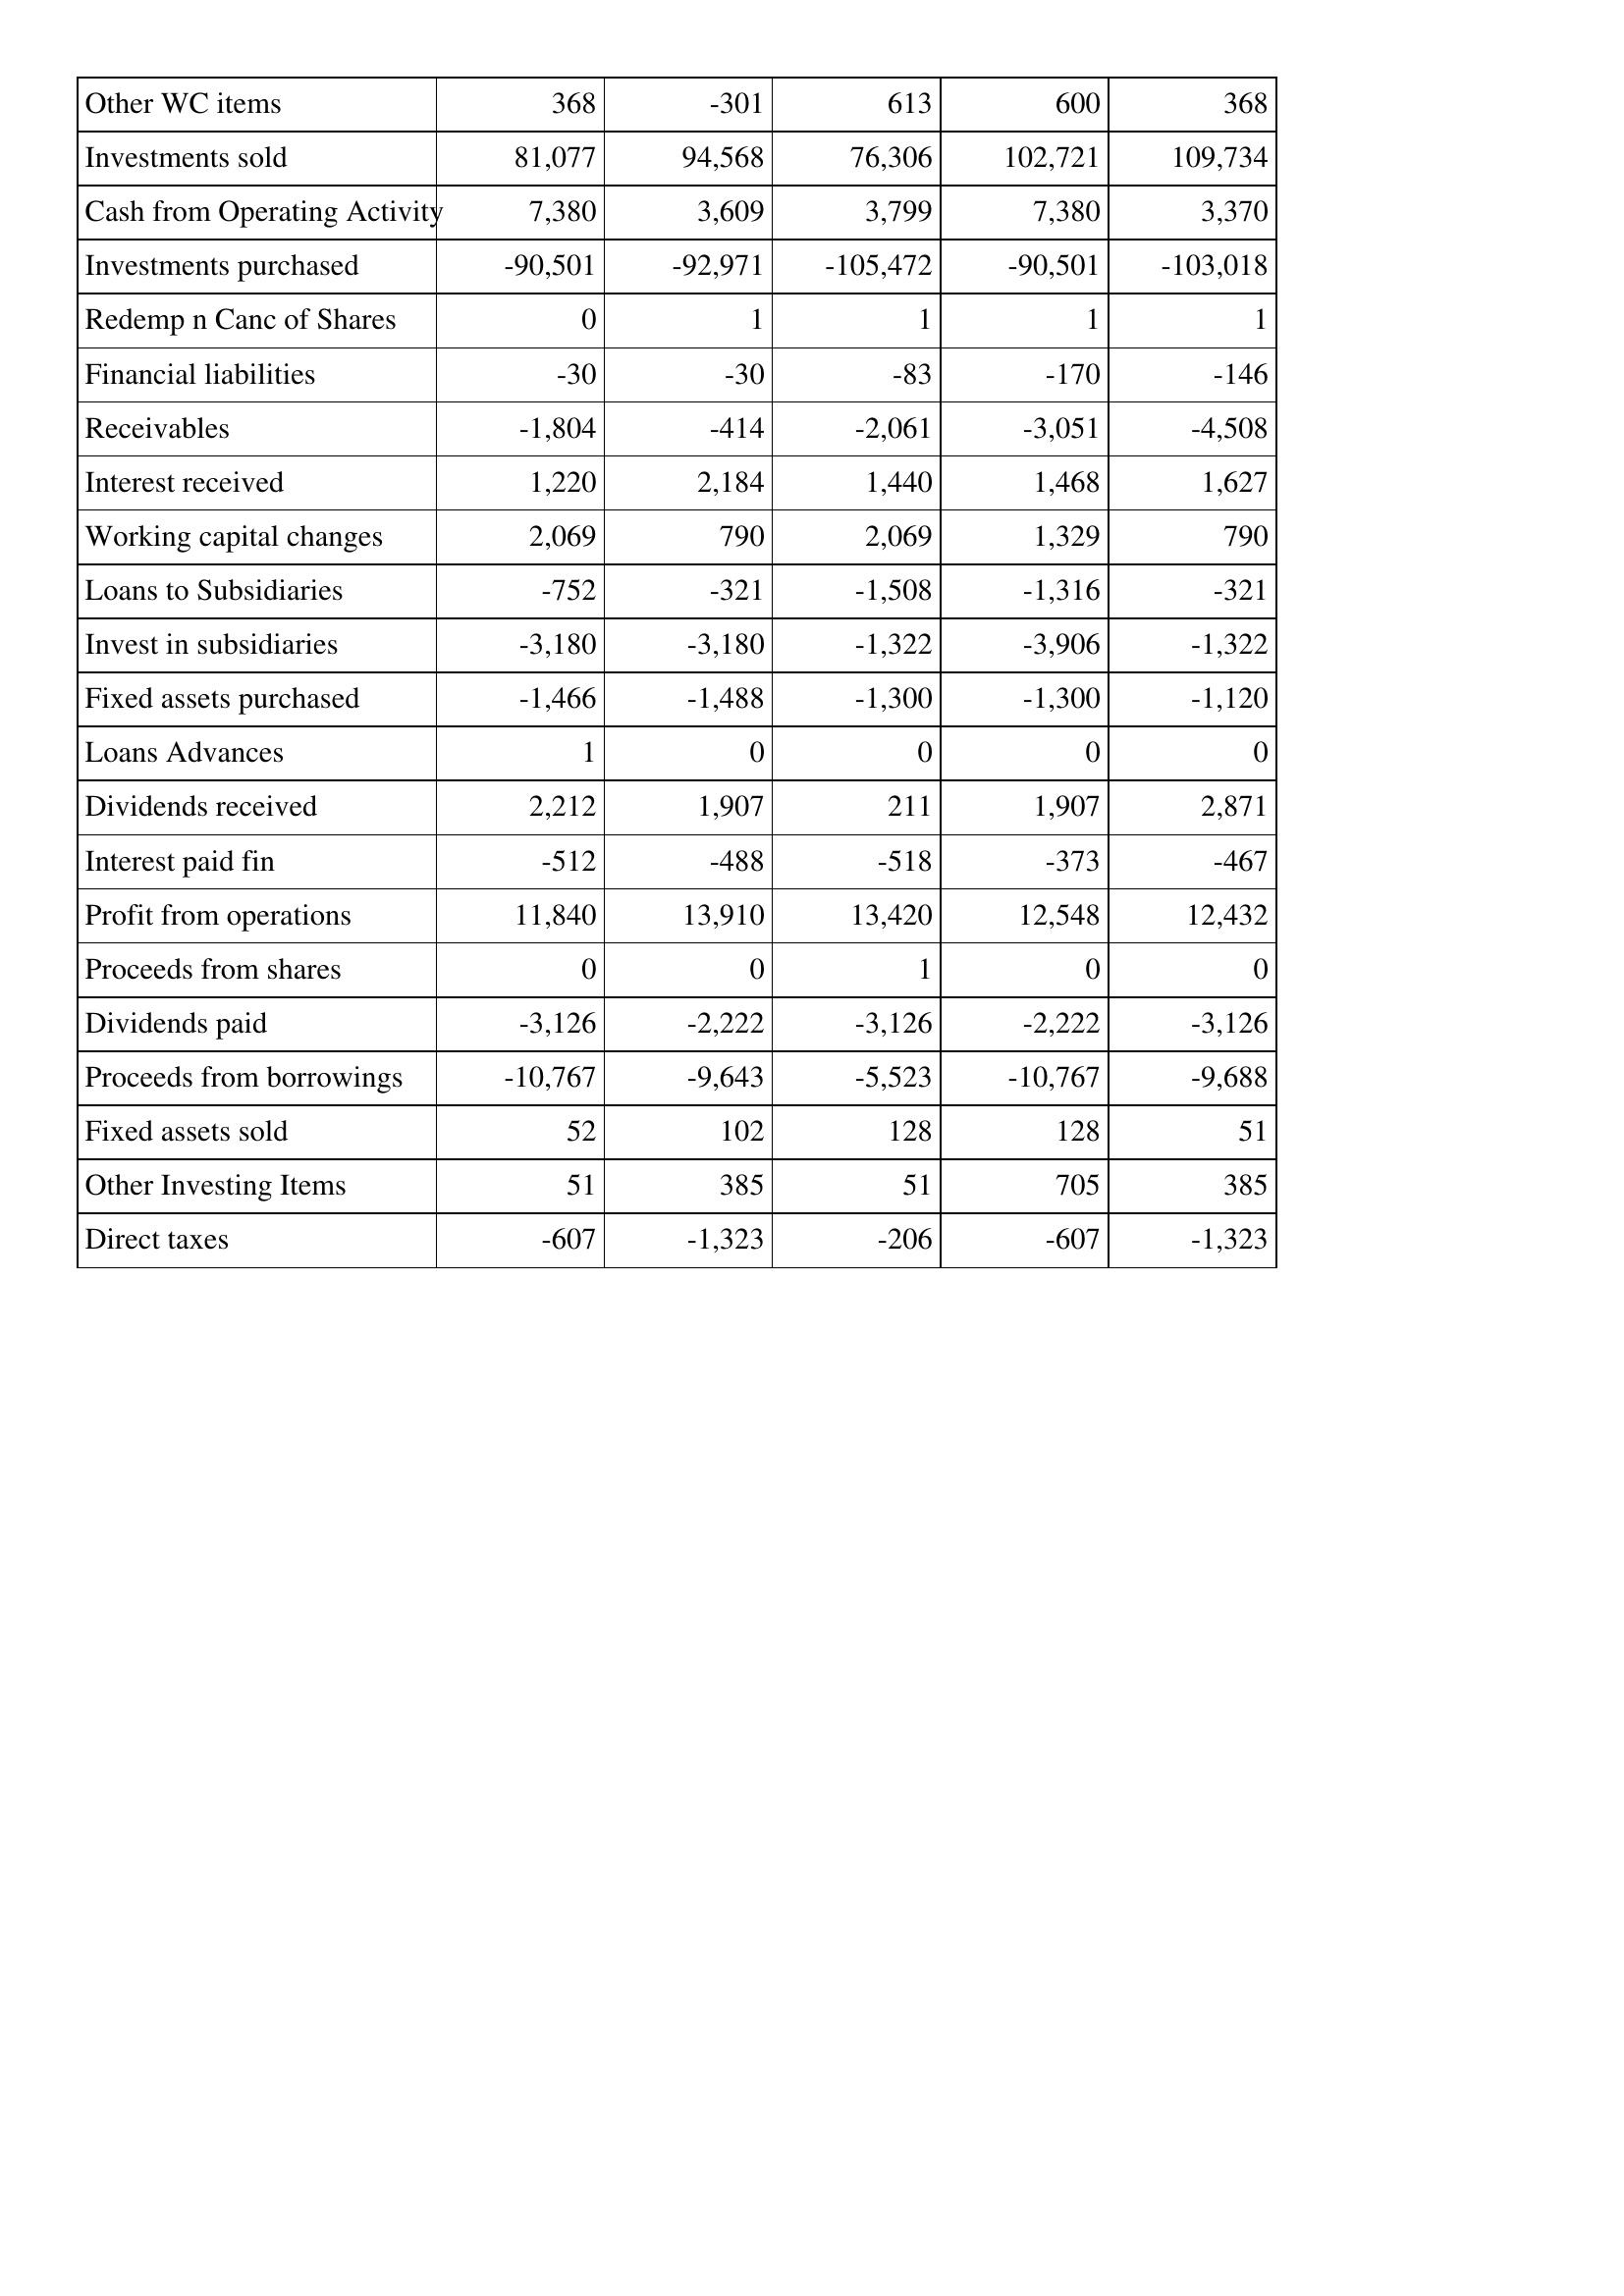
Apr-02: Cash Flows: Other WC items: 368
Investments sold: 81,077
Cash from Operating Activity: 7,380
Investments purchased: -90,501
Redemp n Canc of Shares: 0
Financial liabilities: -30
Receivables: -1,804
Interest received: 1,220
Working capital changes: 2,069
Loans to Subsidiaries: -752
Invest in subsidiaries: -3,180
Fixed assets purchased: -1,466
Loans Advances: 1
Dividends received: 2,212
Interest paid fin: -512
Profit from operations: 11,840
Proceeds from shares: 0
Dividends paid: -3,126
Proceeds from borrowings: -10,767
Fixed assets sold: 52
Other Investing Items: 51
Direct taxes: -607
Apr-01: Cash Flows: Other WC items: -301
Investments sold: 94,568
Cash from Operating Activity: 3,609
Investments purchased: -92,971
Redemp n Canc of Shares: 1
Financial liabilities: -30
Receivables: -414
Interest received: 2,184
Working capital changes: 790
Loans to Subsidiaries: -321
Invest in subsidiaries: -3,180
Fixed assets purchased: -1,488
Loans Advances: 0
Dividends received: 1,907
Interest paid fin: -488
Profit from operations: 13,910
Proceeds from shares: 0
Dividends paid: -2,222
Proceeds from borrowings: -9,643
Fixed assets sold: 102
Other Investing Items: 385
Direct taxes: -1,323
Apr-00: Cash Flows: Other WC items: 613
Investments sold: 76,306
Cash from Operating Activity: 3,799
Investments purchased: -105,472
Redemp n Canc of Shares: 1
Financial liabilities: -83
Receivables: -2,061
Interest received: 1,440
Working capital changes: 2,069
Loans to Subsidiaries: -1,508
Invest in subsidiaries: -1,322
Fixed assets purchased: -1,300
Loans Advances: 0
Dividends received: 211
Interest paid fin: -518
Profit from operations: 13,420
Proceeds from shares: 1
Dividends paid: -3,126
Proceeds from borrowings: -5,523
Fixed assets sold: 128
Other Investing Items: 51
Direct taxes: -206
Apr-99: Cash Flows: Other WC items: 600
Investments sold: 102,721
Cash from Operating Activity: 7,380
Investments purchased: -90,501
Redemp n Canc of Shares: 1
Financial liabilities: -170
Receivables: -3,051
Interest received: 1,468
Working capital changes: 1,329
Loans to Subsidiaries: -1,316
Invest in subsidiaries: -3,906
Fixed assets purchased: -1,300
Loans Advances: 0
Dividends received: 1,907
Interest paid fin: -373
Profit from operations: 12,548
Proceeds from shares: 0
Dividends paid: -2,222
Proceeds from borrowings: -10,767
Fixed assets sold: 128
Other Investing Items: 705
Direct taxes: -607
Apr-98: Cash Flows: Other WC items: 368
Investments sold: 109,734
Cash from Operating Activity: 3,370
Investments purchased: -103,018
Redemp n Canc of Shares: 1
Financial liabilities: -146
Receivables: -4,508
Interest received: 1,627
Working capital changes: 790
Loans to Subsidiaries: -321
Invest in subsidiaries: -1,322
Fixed assets purchased: -1,120
Loans Advances: 0
Dividends received: 2,871
Interest paid fin: -467
Profit from operations: 12,432
Proceeds from shares: 0
Dividends paid: -3,126
Proceeds from borrowings: -9,688
Fixed assets sold: 51
Other Investing Items: 385
Direct taxes: -1,323